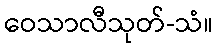
ဝေသာလီသုတ်-သံ။